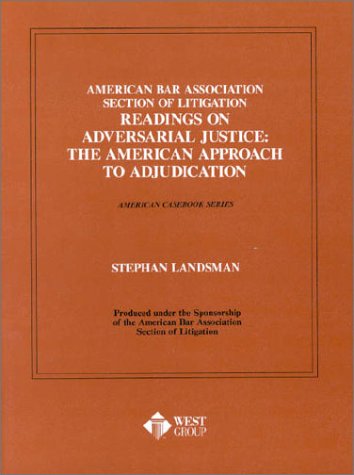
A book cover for American Bar Association Section of Litigation Readings on Adversarial Justice: The American Approach to Adjudication (American Casebook Series) (Coursebook); Stephan Landsman; Law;